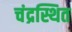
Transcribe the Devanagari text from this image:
चंद्रस्थित